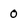
Character: 0